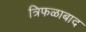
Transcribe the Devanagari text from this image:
त्रिफळाबाद